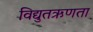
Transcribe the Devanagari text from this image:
विद्युतऋणता